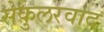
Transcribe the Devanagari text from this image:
सेकुलरवाद